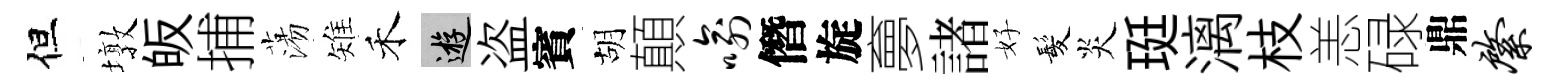
但墩皈捕蕩雉禾游盗賓胡顛喻僭旋夣諸好髪炎珽漓枝恙碌鼎綮